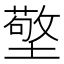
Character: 𱘄